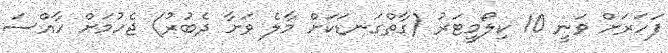
ފަހަރަށް ވަނީ 10 ކިލޯމީޓަރު (ގާތްގަނޑަކަށް މާލެ ވަށާ ދެބުރު) ޖެހުމަށް ހާއްސަ